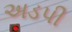
અડપી